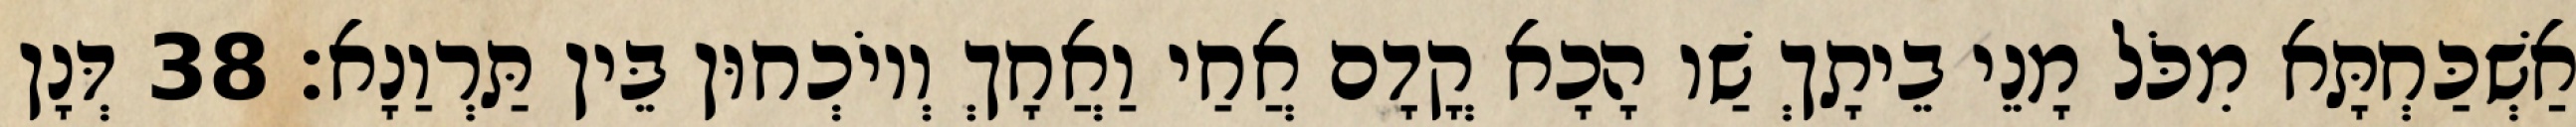
אַשְׁכַּחְתָּא מִכֹּל מָנֵי בֵיתָךְ שַׁו הָכָא קֳדָם אֲחַי וַאֲחָךְ וְיוֹכְחוּן בֵּין תַּרְוַנָא׃ 38 דְּנָן